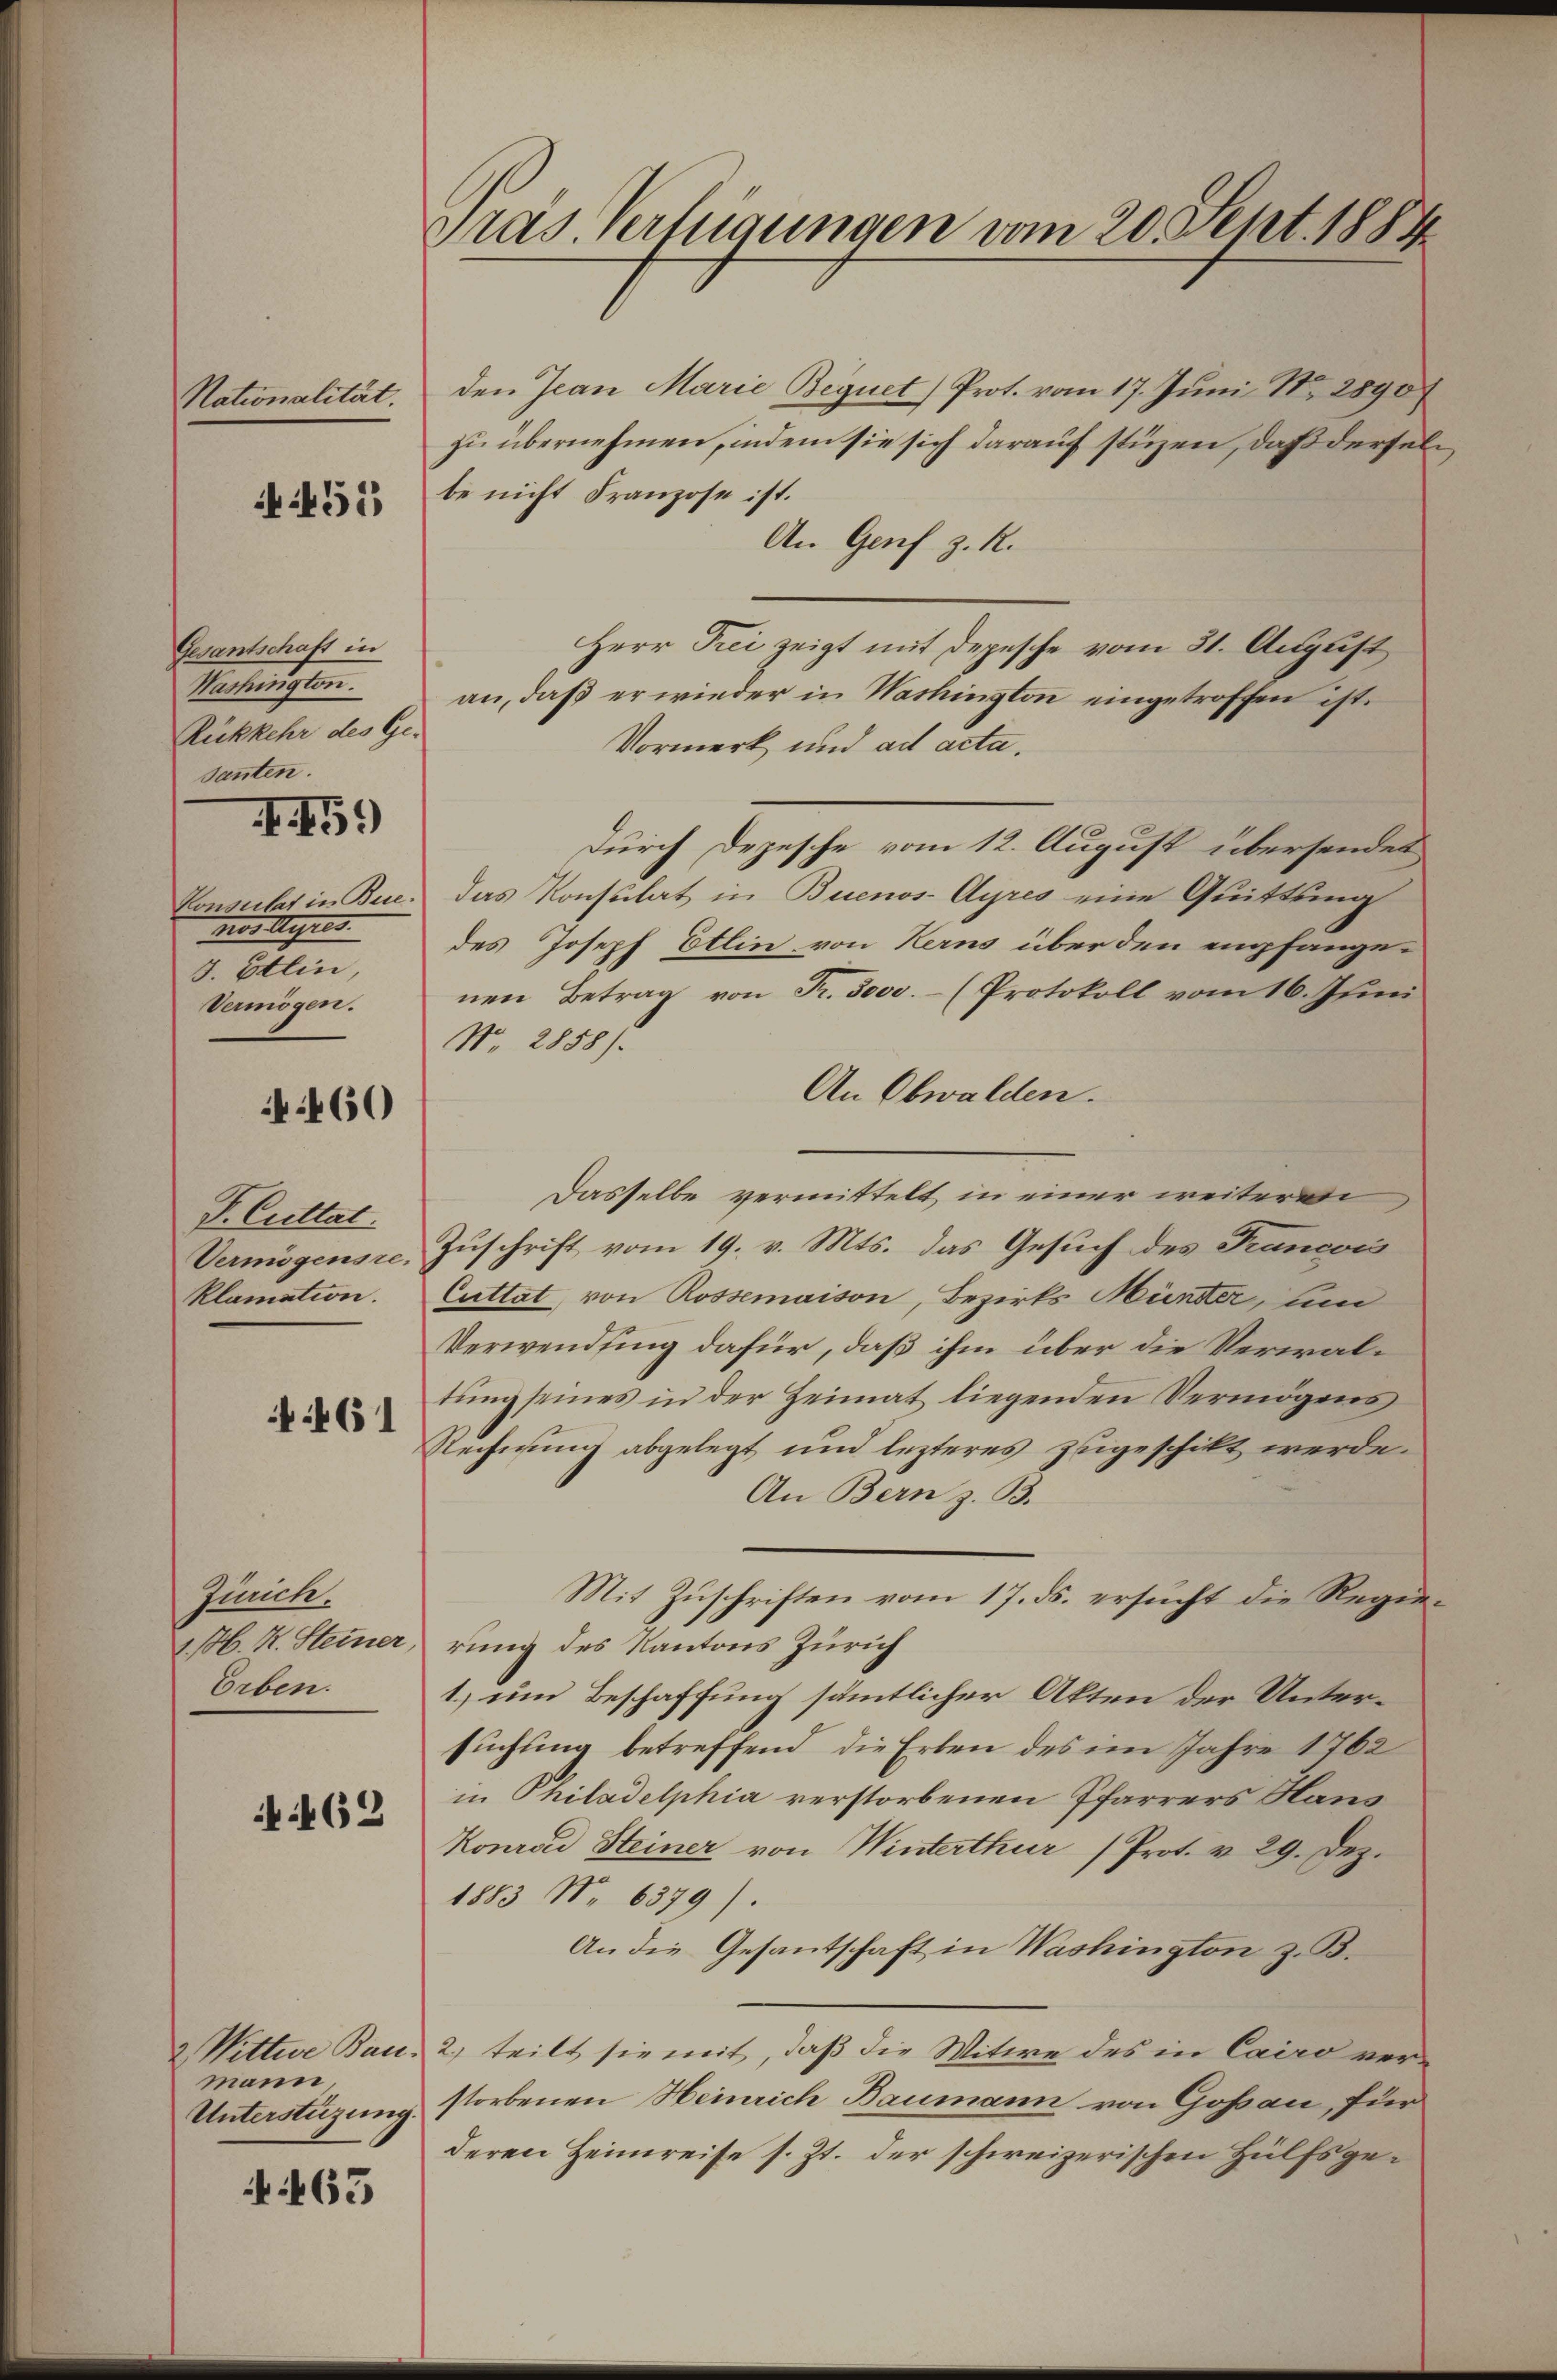
Nationalität.

452

Gesantschaft in
Matersten.
Rückkehr des Ge-
santen.

I. 15.

Consulat in Bere
nos Augus
3. Etlin,
Vermögen.

460

P. Cultat.
Vermögensre
klamation.

461

Zürich.
1. M. R. Steiner
Erben.

462

2 Wittwe Bau.
mann.
Unterstüzung.

63

Pras. verfügungen vom 20. Sept. 1884

den Jean Marie Begnet) Prot. vom 17. Juni Nr. 2890
zu übernehmen, indem sie sich darauf stüzen, daß derselbe nicht Franzose ist.
An Genf z. R.
Herr Prei zeigt mit Depesche vom 31. August
an, daß er wieder in Washington eingetroffen ist.
Vormerk und ad acta.
Durch Depesche vom 12. August übersendet
das Konsulat in Buenos-Ayres eine Quitting
des Joseph Etlin von Kerns über den empfangenen Betrag von Fr. 3000.- (Protokoll vom 16. Juni
No. 2858).
An Obwalden.
Dasselbe vermittelt, in einer weiteren
Zuschrift vom 19. v. Mts. das Gesuch des Francois
Cuttat, von Rossemaison, Bezirks Münder, um
Verwendung dafür, daß ihm über die Verwaltung seines in der Heimat liegenden Vermögens
Rechnung abgelegt und lezteres zugeschikt werde.
An Bern z. B.
Mit Zuschriften vom 17. ds. ersucht die Regierung des Kantons Zürich
1.) um Beschaffung sämmtlicher Akten der Untersuchung betreffend die Erben des im Jahre 1762
in Philadelphia verstorbenen Pfarrers Haus
Konrad Steiner von Winterthur (Prot. v. 29. Dez.
1883 No 6379).
An die Gesantschaft in Washington z. B.
2) teilt sie mit, daß die Witwe des in Cairo verstorbenen Heinrich Baumann von Gossau, für
deren Heimreise s. Zt. der schweizerischen Hülfsge¬